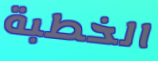
الخطبة